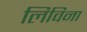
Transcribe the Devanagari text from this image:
लिविना